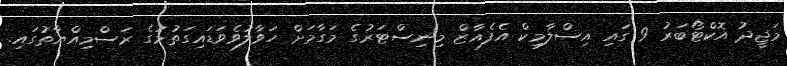
މަޖީދު އޮކްޓޯބަރު 9 ގައި އިސްލާމިކް އެފެއާޒް މިނިސްޓަރުގެ މަގާމަށް ހަވާލުވެވަޑައިގަތުމުގެ ރަސްމިއްޔާތުގައި.